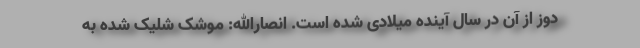
دوز از آن در سال آینده میلادی شده است. انصارالله: موشک شلیک شده به